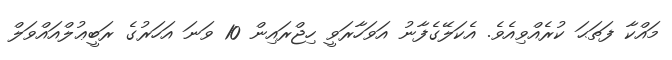
މައްކާ ފަތަޙަ ކުރެއްވިއެވެ. އެކަލޭގެފާނު އަވަހާރަވީ ހިޖްރައިން 10 ވަނަ އަހަރުގެ ރަބީޢުލްއައްވަލް